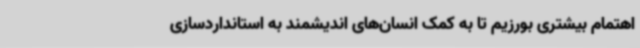
اهتمام بیشتری بورزیم تا به کمک انسان‌های اندیشمند به استانداردسازی